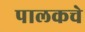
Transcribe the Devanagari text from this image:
पालकचे